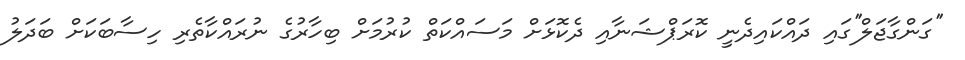
''ގަންގާޖަލް''ގައި ދައްކައިދެނީ ކޮރަޕްޝަނާއި ދެކޮޅަށް މަސައްކަތް ކުރުމަށް ބިހާރުގެ ނުރައްކާތެރި ހިސާބަކަށް ބަދަލު